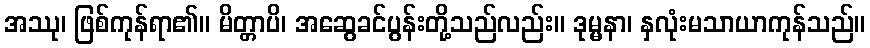
အဿု၊ ဖြစ်ကုန်ရာ၏။ မိတ္တာပိ၊ အဆွေခင်ပွန်းတို့သည်လည်း။ ဒုမ္မနာ၊ နှလုံးမသာယာကုန်သည်။